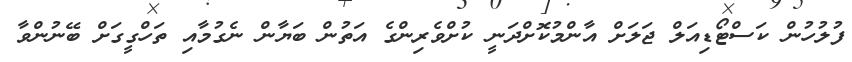
ފުލުހުން ކަސްޓޯޑިއަލް ޖަލަށް އާންމުކޮށްދަނީ ކުށްވެރިންގެ އަތުން ބަޔާން ނެގުމާއި ތަހްގީގަށް ބޭނުންވާ